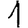
Digit: 1